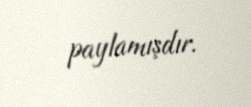
paylamışdır.